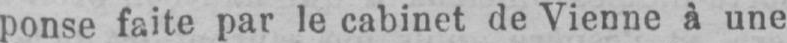
ponse faite par le cabinet de Vienne à une